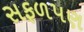
સફળપણ